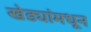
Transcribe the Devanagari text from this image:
खेड्यांमधून